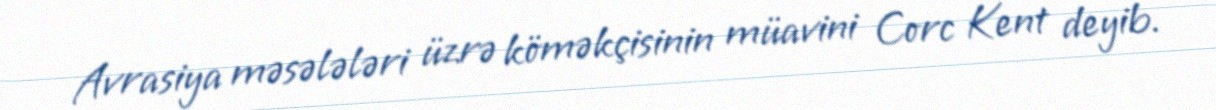
Avrasiya məsələləri üzrə köməkçisinin müavini Corc Kent deyib.